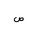
Letter: _sad